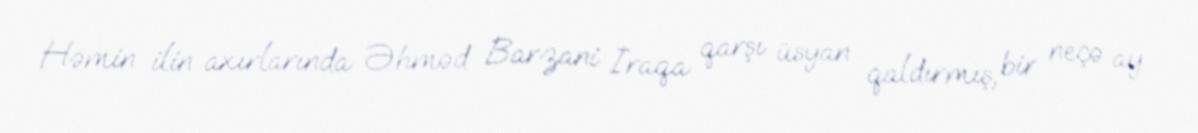
Həmin ilin axırlarında Əhməd Barzani İraqa qarşı üsyan qaldırmış, bir neçə ay